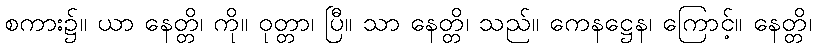
စကား၌။ ယာ နေတ္တိ၊ ကို။ ဝုတ္တာ၊ ပြီ။ သာ နေတ္တိ၊ သည်။ ကေနဋ္ဌေန၊ ကြောင့်။ နေတ္တိ၊